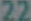
22